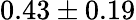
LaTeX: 0.43\pm 0.19